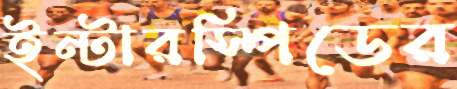
ইন্টারস্পিডের